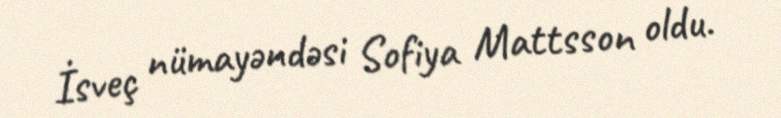
İsveç nümayəndəsi Sofiya Mattsson oldu.